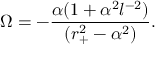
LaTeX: \Omega = - { \frac { \alpha ( 1 + \alpha ^ { 2 } l ^ { - 2 } ) } { ( r _ { + } ^ { 2 } - \alpha ^ { 2 } ) } } .